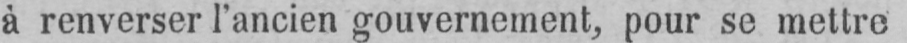
à renverser l’ancien gouvernement, pour se mettre